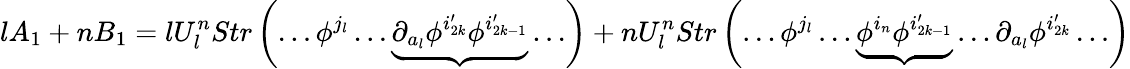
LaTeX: lA_{1}+nB_{1}=lU_{l}^{n}Str\left(\ldots\phi^{j_{l}}\ldots\underbrace{\partial_{a_{l}}\phi^{i_{2k}^{\prime}}\phi^{i_{2k-1}^{\prime}}}\ldots\right)+nU_{l}^{n}Str\left(\ldots\phi^{j_{l}}\ldots\underbrace{\phi^{i_{n}}\phi^{i_{2k-1}^{\prime}}}\ldots\partial_{a_{l}}\phi^{i_{2k}^{\prime}}\ldots\right)